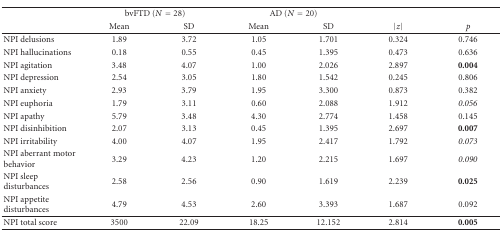
<table><thead><tr><td></td><td colspan="2"><b>bvFTD (<i>N</i> = 28)</b></td><td colspan="2"><b>AD (<i>N</i> = 20)</b></td><td></td><td></td></tr><tr><td></td><td><b>Mean</b></td><td><b>SD</b></td><td><b>Mean</b></td><td><b>SD</b></td><td><b>|<i>z</i>|</b></td><td><b><i>p</i></b></td></tr></thead><tbody><tr><td>NPI delusions</td><td>1.89</td><td>3.72</td><td>1.05</td><td>1.701</td><td>0.324</td><td>0.746</td></tr><tr><td>NPI hallucinations</td><td>0.18</td><td>0.55</td><td>0.45</td><td>1.395</td><td>0.473</td><td>0.636</td></tr><tr><td>NPI agitation</td><td>3.48</td><td>4.07</td><td>1.00</td><td>2.026</td><td>2.897</td><td><b>0.004</b></td></tr><tr><td>NPI depression</td><td>2.54</td><td>3.05</td><td>1.80</td><td>1.542</td><td>0.245</td><td>0.806</td></tr><tr><td>NPI anxiety</td><td>2.93</td><td>3.79</td><td>1.95</td><td>3.300</td><td>0.873</td><td>0.382</td></tr><tr><td>NPI euphoria</td><td>1.79</td><td>3.11</td><td>0.60</td><td>2.088</td><td>1.912</td><td><i>0.056</i></td></tr><tr><td>NPI apathy</td><td>5.79</td><td>3.48</td><td>4.30</td><td>2.774</td><td>1.458</td><td>0.145</td></tr><tr><td>NPI disinhibition</td><td>2.07</td><td>3.13</td><td>0.45</td><td>1.395</td><td>2.697</td><td><b>0.007</b></td></tr><tr><td>NPI irritability</td><td>4.00</td><td>4.07</td><td>1.95</td><td>2.417</td><td>1.792</td><td><i>0.073</i></td></tr><tr><td>NPI aberrant motor behavior</td><td>3.29</td><td>4.23</td><td>1.20</td><td>2.215</td><td>1.697</td><td><i>0.090</i></td></tr><tr><td>NPI sleep disturbances</td><td>2.58</td><td>2.56</td><td>0.90</td><td>1.619</td><td>2.239</td><td><b>0.025</b></td></tr><tr><td>NPI appetite disturbances</td><td>4.79</td><td>4.53</td><td>2.60</td><td>3.393</td><td>1.687</td><td>0.092</td></tr><tr><td>NPI total score</td><td>3500</td><td>22.09</td><td>18.25</td><td>12.152</td><td>2.814</td><td><b>0.005</b></td></tr></tbody></table>